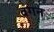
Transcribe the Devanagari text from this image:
वंगन